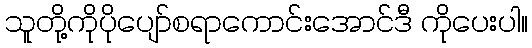
သူတို့ကိုပိုပျော်စရာကောင်းအောင်ဒီ ကိုပေးပါ။